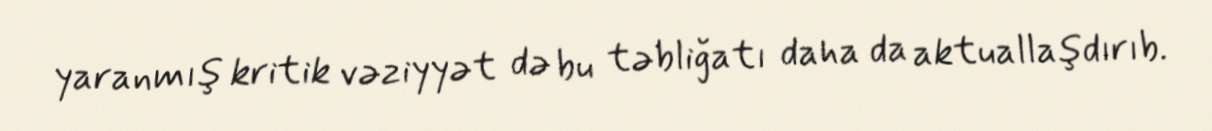
yaranmış kritik vəziyyət də bu təbliğatı daha da aktuallaşdırıb.